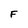
Character: F